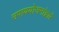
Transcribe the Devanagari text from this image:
उपाययोजनांद्वारे